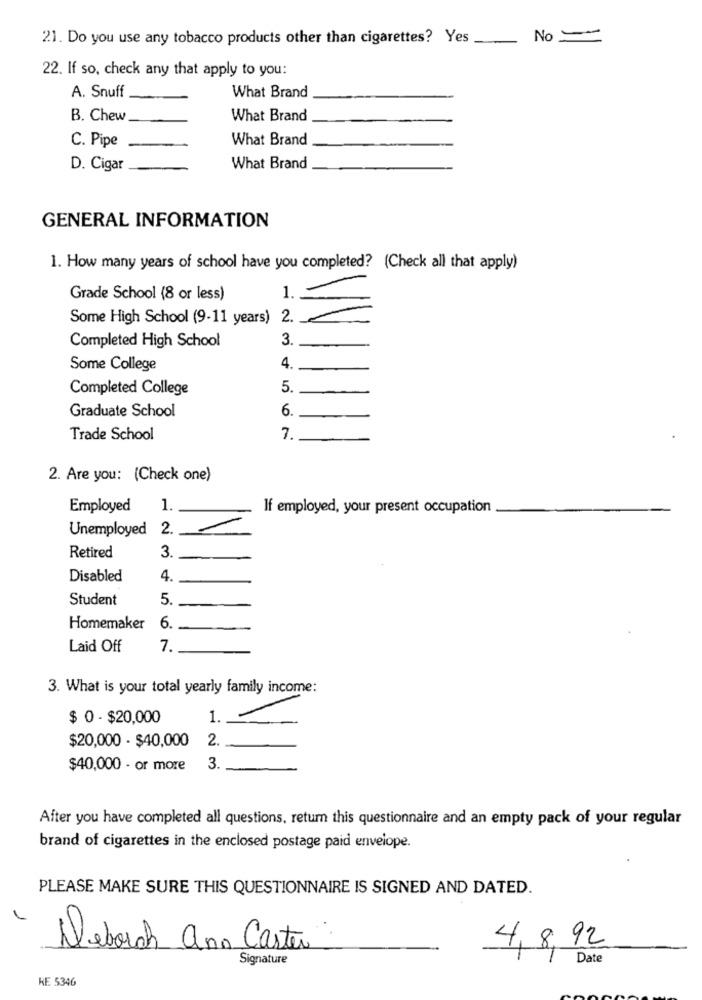
21. Do you use any tobacco products other than cigarettes? Yes _
No -
22. If so, check any that apply to you:
A. Snuff
What Brand
B. Chew
What Brand
What Brand
C. Pipe
D. Cigar
What Brand
GENERAL INFORMATION
1. How many years of school have you completed? (Check all that apply)
Grade School (8 or less)
1.
Some High School (9-11 years) 2.
Completed High School
3.
Some College
4.
Completed College
5.
6.
Graduate School
Trade School
7.
2. Are you: (Check one)
Employed
1.
If employed, your present occupation
Unemployed
2.
3.
Retired
Disabled
4.
Student
5.
Homemaker
6.
Laid Off
7
3. What is your total yearly family income:
$ 0 - $20,000
1.
$20,000 - $40,000
2.
$40,000 - or more
3
After you have completed all questions, return this questionnaire and an empty pack of your regular
brand of cigarettes in the enclosed postage paid envelope.
PLEASE MAKE SURE THIS QUESTIONNAIRE IS SIGNED AND DATED.
Deborah ano Carter
4,8,92
Signature
Date
KE 5346